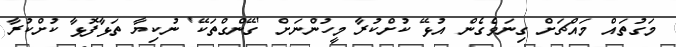
މަގުތައް މައްޗަށް ގިނަވެގެން އުޅޭ ކުށްކުރާ މީހުންނަށް 'ގޭންގްތަކޭ' ނުކިޔާ ތަޅާފޮޅާ ކުށްކުރާ